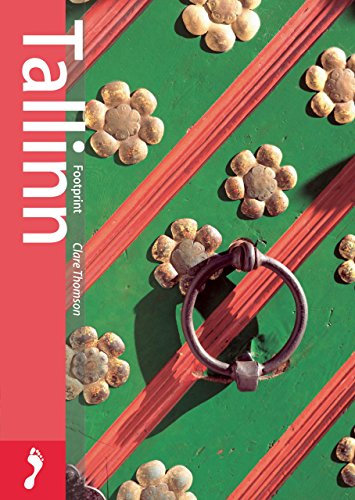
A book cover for Tallinn, 2nd (Footprint - Pocket Guides); Clare Thomson; Travel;